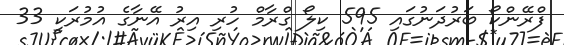
ފްރޭންކޯ ބަރުދަނުގައި 595 ކިލޯ ގްރާމް ހުރި އިރު އޭނާގެ އުމުރަކީ 33